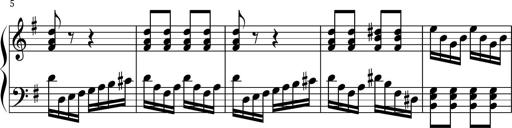
Title: Keyboard Sonatina in G
Composer: Michael Pogudin
Key: G major